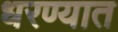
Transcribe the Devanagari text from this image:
धरण्‍यात